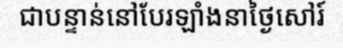
ជាបន្ទាន់នៅបែរឡាំងនាថ្ងៃសៅរ៍